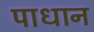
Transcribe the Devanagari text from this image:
पाधान